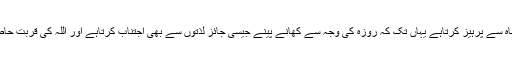
حقیقی روزہ دار ماہ صیام میں انتہائی سنجیدگی اور توجہ کے ساتھ ہر قسم کے ارتکاب گناہ سے پرہیز کرتاہے یہاں تک کہ روزہ کی وجہ سے کھانے پینے جیسی جائز لذتوں سے بھی اجتناب کرتاہے اور اللہ کی قربت حاصل کرنے کے لئے ایک مہینہ تک مسلسل یہ جسمانی اور روحانی مشق جاری رکھتاہے ۔